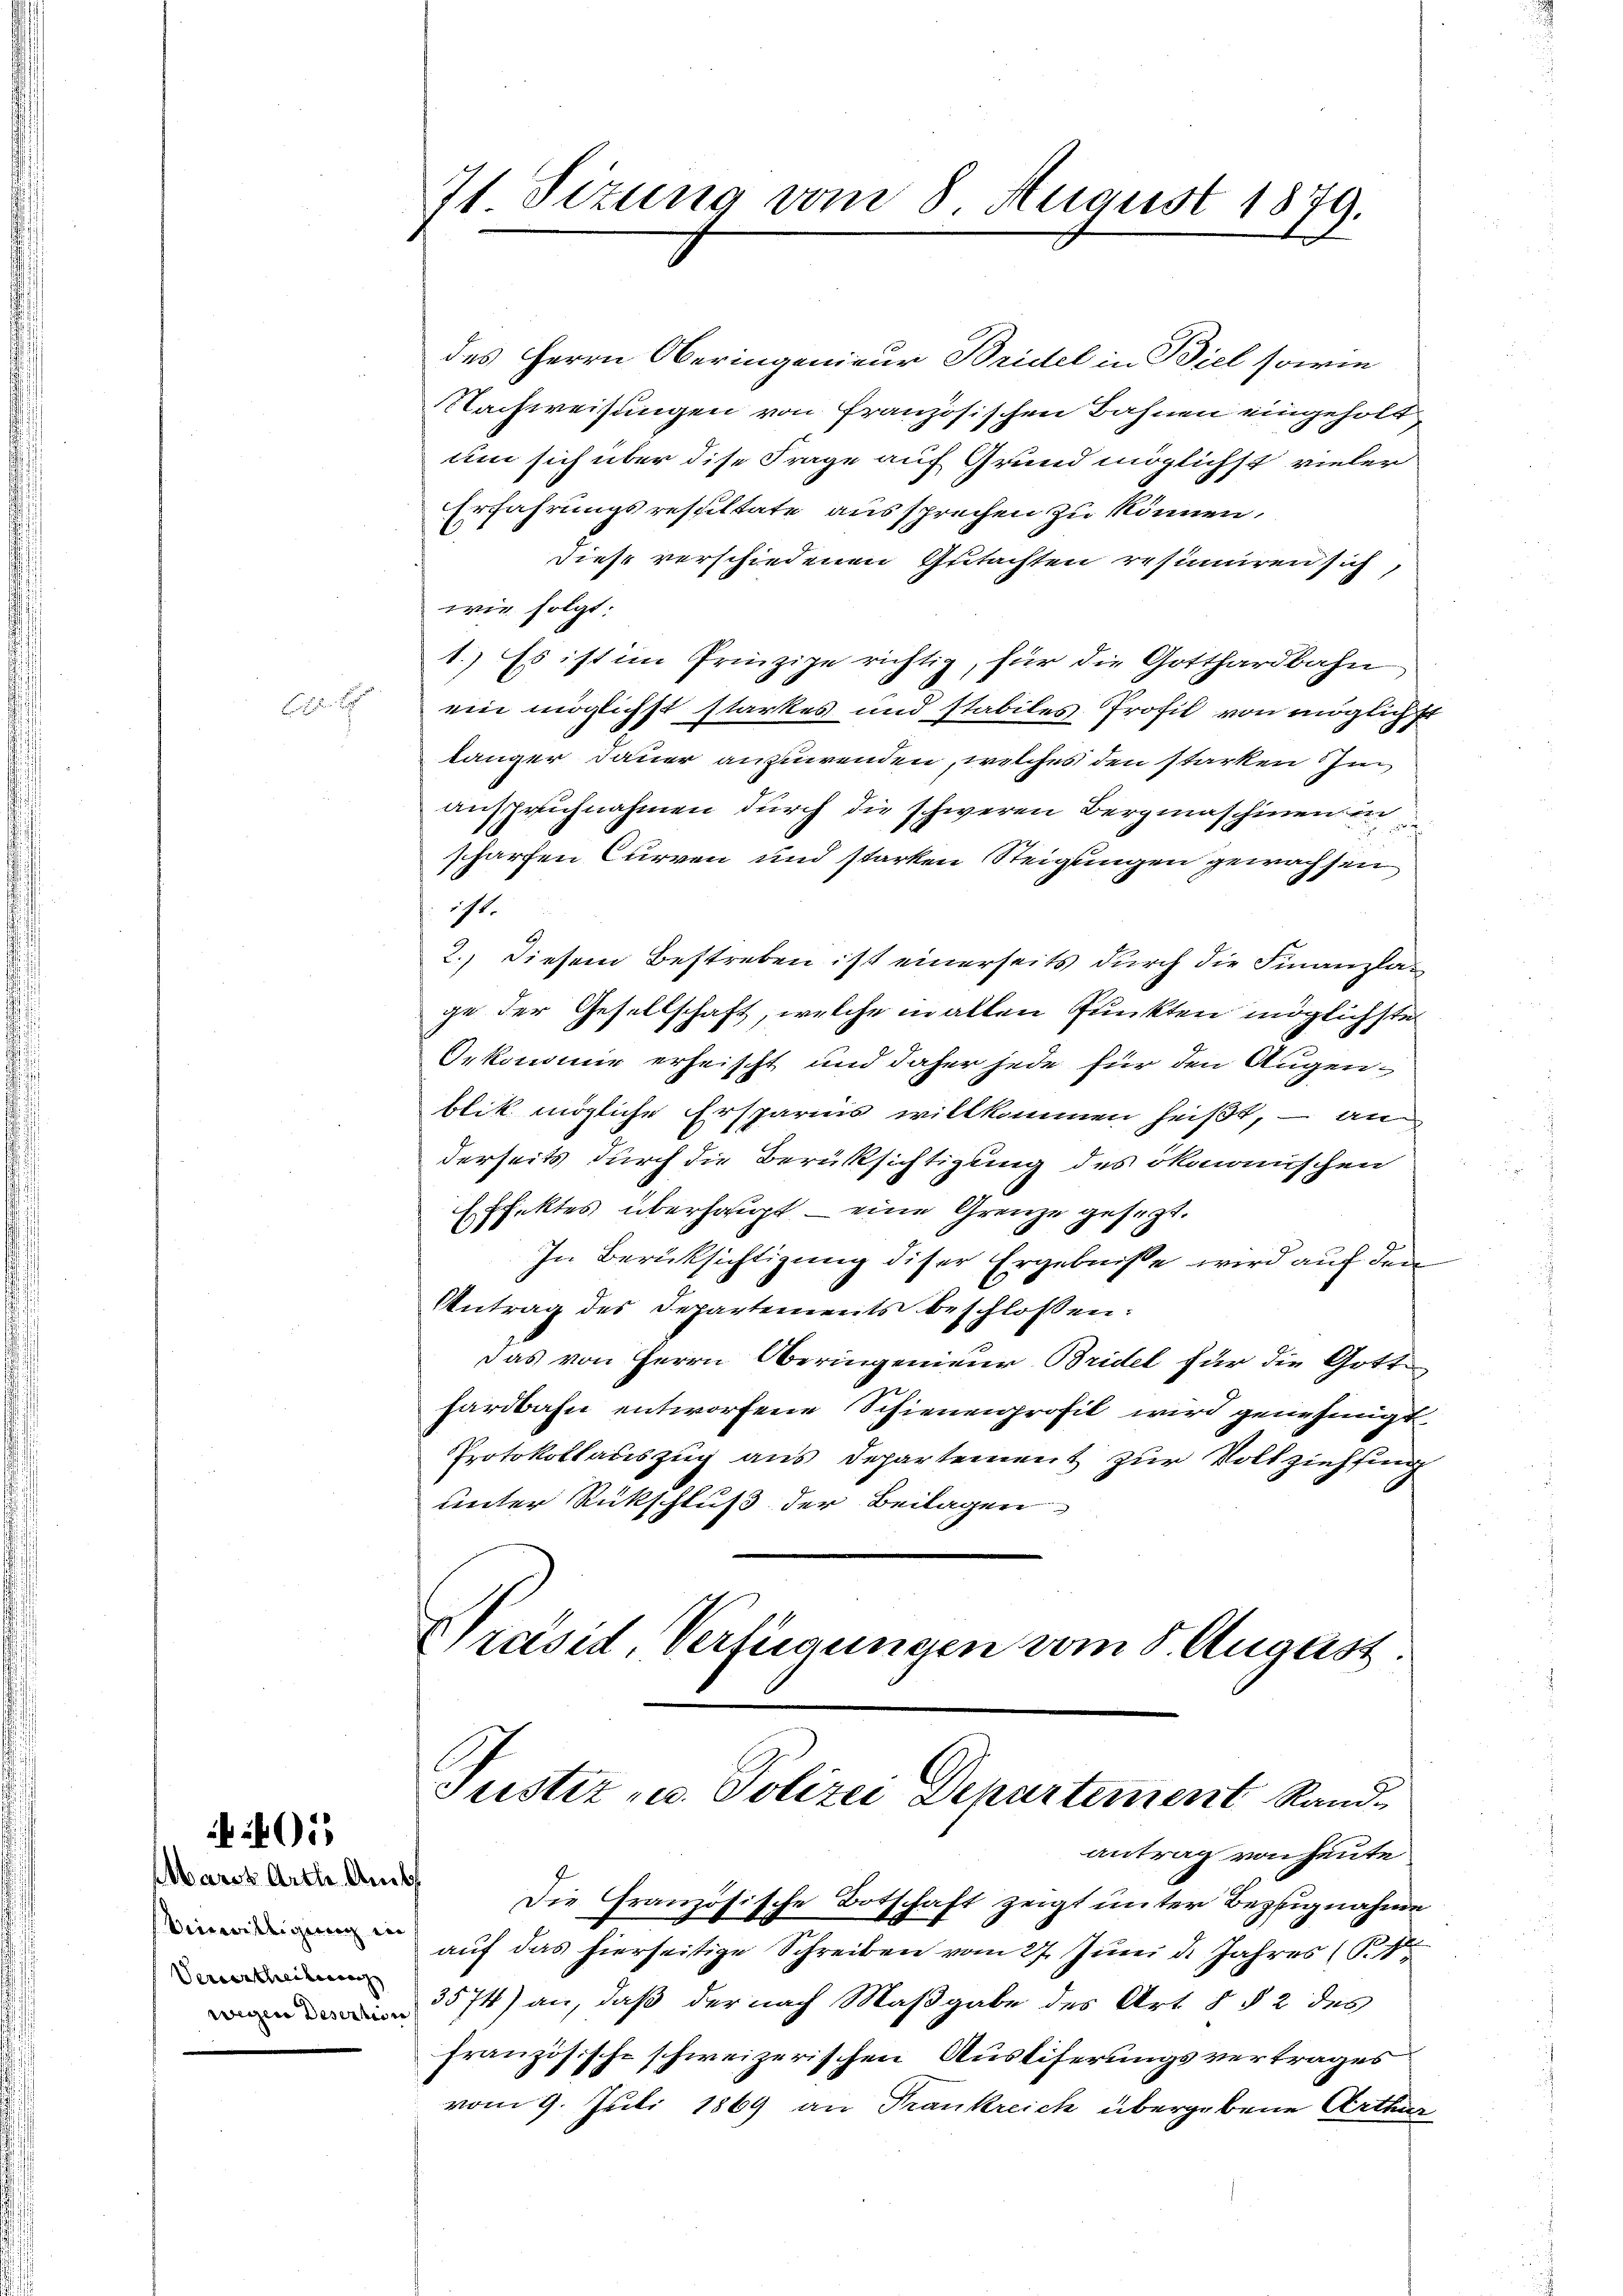
Bl.

Marst Arth. Amts
Beinwilligung in
Verwertheilen
wegen Desertion

401

71 Sizung vom 8. August 1879.

des Herrn Oberingenieur Bridel in Biel sowie
Nachweisungen von Französischen Bahnen eingeholt
um sich über dise Frage auf Grund möglichst vieler
Erfahrungsresultate aussprechen zu können.
diese verschiedenen Gutachten resimiren sich,
wie folgt:
1.) Es ist im Prinzipe richtig, für die Gotthardbahn
ein möglichst starkes und stabiles Profil von möglich
länger Dauer anzuwenden, welches den starken in
anspruchnahmen durch die schweren Bergmaschinen
scharfen Curven und starken Steigungen gewachsen
icht.
2.) Diesem Bestreben ist einerseits durch die Finanzlan
ge der Gesellschaft, welche in allen Punkten möglichste
Oekonomie erheischt und daher jede für den Augenblik mögliche Ersparnis willkommen heißt, – an
derseits durch die Berüksichtigung des ökonomischen
Effektes überhaupt – eine Grenze gesezt.
In Berücksichtigung diser Ergebnisse wird auf den
Antrag des Departements beschlossen:
Das von Herrn Oberingenieur Bridel für die Gott
hardbahn entworfene Schienenprofil wird genehmigt
Protokollauszug aus Departement zur Vollziehung
unter Rückschluß der Beilagen
Präsid, Verfügungen vom 5. August.

C
Justiz u. Polizei Departement Randantrag von heute

Die Granzösische Botschaft zeigt unter Bezugnahme
aŭf das hierseitige Schreiben vom 27. Juni d. Jahres (
3574) an, daß der nach Maßgabe des Art § § 2 des
französische schweizerischen Ausliferungsvertrages
vom 9. Juli 1869 an Trankreich übergebene Arthur